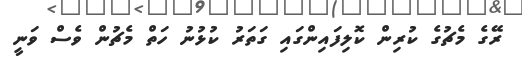
ރޭގެ މެޗުގެ ކުރިން ކޮލިފައިންގައި ގަތަރު ކުޅުނު ހަތް މެޗުން ވެސް ވަނީ